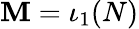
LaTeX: \mathbf{M}=\iota_{1}(N)